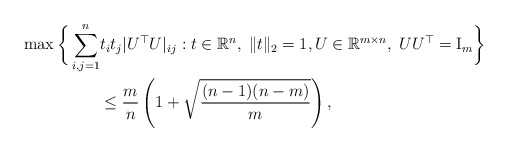
\begin{align*}\max \bigg\lbrace \sum_{i,j=1}^n & t_it_j|U^\top U|_{ij}:t\in\mathbb{R}^n,\;\|t\|_2=1,U\in \mathbb{R}^{m\times n},\; UU^\top={\rm I}_m \bigg\rbrace \\& \le\frac{m}{n} \left( 1 + \sqrt{\frac{(n-1)(n-m)}{m}} \right),\end{align*}